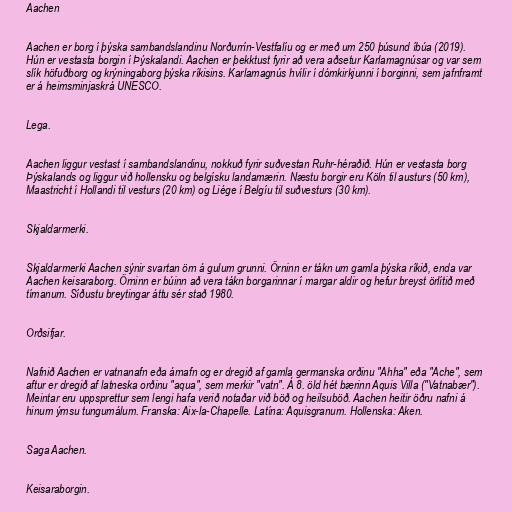
Aachen

Aachen er borg í þýska sambandslandinu Norðurrín-Vestfalíu og er með um 250 þúsund íbúa (2019).
Hún er vestasta borgin í Þýskalandi. Aachen er þekktust fyrir að vera aðsetur Karlamagnúsar og var sem
slík höfuðborg og krýningaborg þýska ríkisins. Karlamagnús hvílir í dómkirkjunni í borginni, sem jafnframt
er á heimsminjaskrá UNESCO.

Lega.

Aachen liggur vestast í sambandslandinu, nokkuð fyrir suðvestan Ruhr-héraðið. Hún er vestasta borg
Þýskalands og liggur við hollensku og belgísku landamærin. Næstu borgir eru Köln til austurs (50 km),
Maastricht í Hollandi til vesturs (20 km) og Liége í Belgíu til suðvesturs (30 km).

Skjaldarmerki.

Skjaldarmerki Aachen sýnir svartan örn á gulum grunni. Örninn er tákn um gamla þýska ríkið, enda var
Aachen keisaraborg. Örninn er búinn að vera tákn borgarinnar í margar aldir og hefur breyst örlítið með
tímanum. Síðustu breytingar áttu sér stað 1980.

Orðsifjar.

Nafnið Aachen er vatnanafn eða árnafn og er dregið af gamla germanska orðinu "Ahha" eða "Ache", sem
aftur er dregið af latneska orðinu "aqua", sem merkir "vatn". Á 8. öld hét bærinn Aquis Villa ("Vatnabær").
Meintar eru uppsprettur sem lengi hafa verið notaðar við böð og heilsuböð. Aachen heitir öðru nafni á
hinum ýmsu tungumálum. Franska: Aix-la-Chapelle. Latína: Aquisgranum. Hollenska: Aken.

Saga Aachen.

Keisaraborgin.